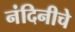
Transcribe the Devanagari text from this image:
नंदिनीचे